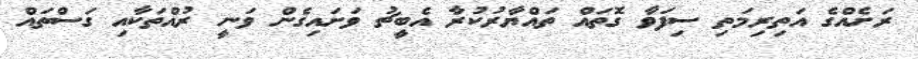
ރަށެއްގެ އަތިރިމަތި ސިފަވާ ގޮތައް ތައްޔާރުކުރާ އެބީޗު ވަށައިގެން ވަނީ ރުއްތަކާއި ގަސްތައް